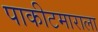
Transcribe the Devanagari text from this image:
पाकीटमाराला